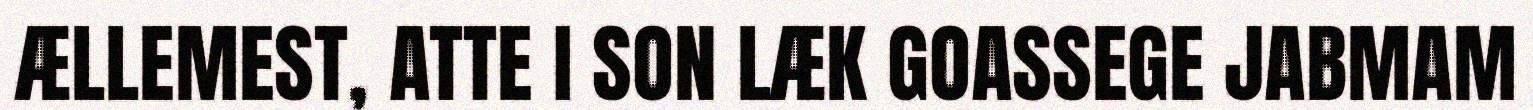
ÆLLEMEST, ATTE I SON LÆK GOASSEGE JABMAM